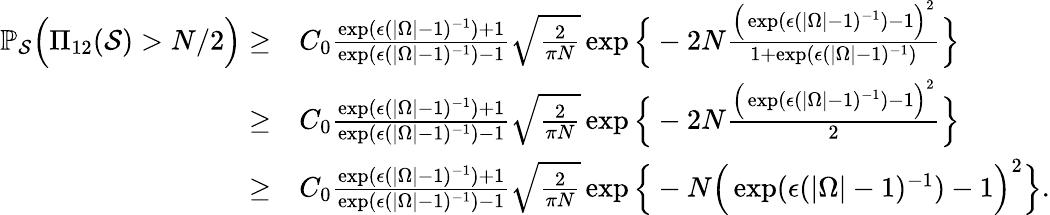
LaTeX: \begin{array}{rl}{\mathbb{P}_{\mathcal{S}}\Big(\Pi_{12}(\mathcal{S})>N/2\Big)\geq}&{C_{0}\frac{\exp(\epsilon(|\Omega|-1)^{-1})+1}{\exp(\epsilon(|\Omega|-1)^{-1})-1}\sqrt{\frac{2}{\pi N}}\exp\Big\{ -2N\frac{\Big(\exp(\epsilon(|\Omega|-1)^{-1})-1\Big)^{2}}{1+\exp(\epsilon(|\Omega|-1)^{-1})}\Big\} }\\ {\geq}&{C_{0}\frac{\exp(\epsilon(|\Omega|-1)^{-1})+1}{\exp(\epsilon(|\Omega|-1)^{-1})-1}\sqrt{\frac{2}{\pi N}}\exp\Big\{ -2N\frac{\Big(\exp(\epsilon(|\Omega|-1)^{-1})-1\Big)^{2}}{2}\Big\} }\\ {\geq}&{C_{0}\frac{\exp(\epsilon(|\Omega|-1)^{-1})+1}{\exp(\epsilon(|\Omega|-1)^{-1})-1}\sqrt{\frac{2}{\pi N}}\exp\Big\{ -N\Big(\exp(\epsilon(|\Omega|-1)^{-1})-1\Big)^{2}\Big\} .}\end{array}